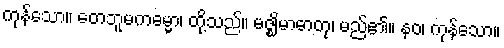
ကုန်သော။ တေဘူမကဓမ္မာ၊ တို့သည်။ မဇ္ဈိမာဓာတု၊ မည်၏။ နဝ၊ ကုန်သော။